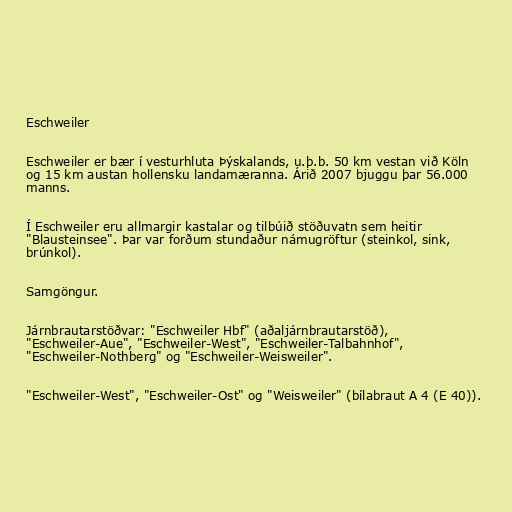
Eschweiler

Eschweiler er bær í vesturhluta Þýskalands, u.þ.b. 50 km vestan við Köln
og 15 km austan hollensku landamæranna. Árið 2007 bjuggu þar 56.000
manns.

Í Eschweiler eru allmargir kastalar og tilbúið stöðuvatn sem heitir
"Blausteinsee". Þar var forðum stundaður námugröftur (steinkol, sink,
brúnkol).

Samgöngur.

Járnbrautarstöðvar: "Eschweiler Hbf" (aðaljárnbrautarstöð),
"Eschweiler-Aue", "Eschweiler-West", "Eschweiler-Talbahnhof",
"Eschweiler-Nothberg" og "Eschweiler-Weisweiler".

"Eschweiler-West", "Eschweiler-Ost" og "Weisweiler" (bílabraut A 4 (E 40)).